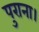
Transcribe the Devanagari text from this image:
पुराना।